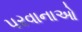
પરવાનાઓ